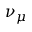
\nu _ { \mu }